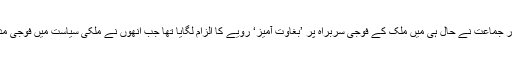
زمبابوے میں برسرِاقتدار جماعت نے حال ہی میں ملک کے فوجی سربراہ پر ’بغاوت آمیز‘ رویے کا الزام لگایا تھا جب انھوں نے ملکی سیاست میں فوجی مداخلت کی تنبیہ کی تھی۔